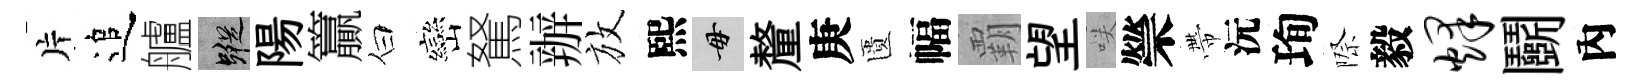
片追艫蹤陽籯白巒駑辦放熙毋釐庚匱幅覇望咲禜帶沅珣際毅烽鬬內